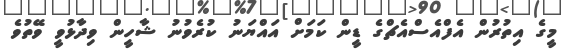
މީގެ އިތުރުން އެފްއެސްއެޗްގެ ޑީން ކަމަށް އައްޔަނު ކުރެވުނު ޝާހީން ވިދާޅުވީ ވޭތުވެ